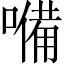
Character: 𡀠